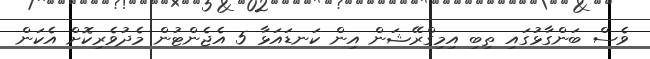
ވެސް ބަންގާޅުގައި ތިބި އިމިގްރޭޝަން އިން ކަނޑައަޅާ 5 އެޖެންޓުން މެދުވެެރިކޮށް އެކަން